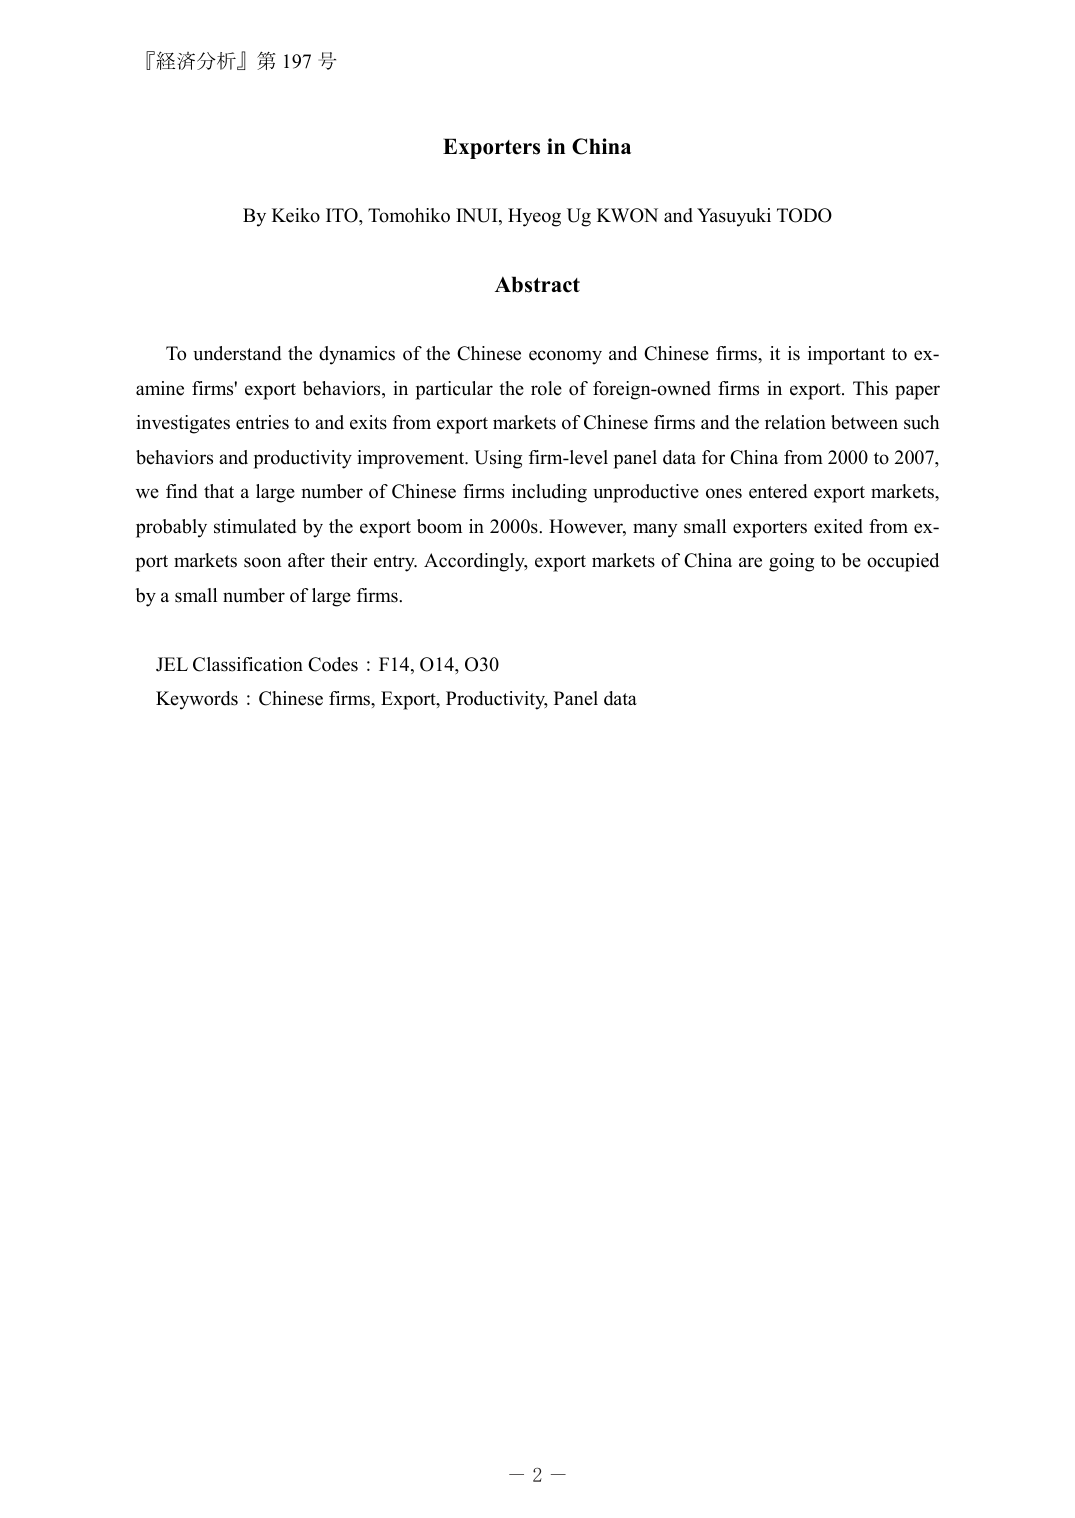
『経済分析』第 197 号

Exporters in China

By Keiko ITO, Tomohiko INUI, Hyeog Ug KWON and Yasuyuki TODO

Abstract

To understand the dynamics of the Chinese economy and Chinese firms, it is important to examine firms' export behaviors, in particular the role of foreign-owned firms in export. This paper investigates entries to and exits from export markets of Chinese firms and the relation between such behaviors and productivity improvement. Using firm-level panel data for China from 2000 to 2007, we find that a large number of Chinese firms including unproductive ones entered export markets, probably stimulated by the export boom in 2000s. However, many small exporters exited from export markets soon after their entry. Accordingly, export markets of China are going to be occupied by a small number of large firms.

JEL Classification Codes : F14, O14, O30
Keywords : Chinese firms, Export, Productivity, Panel data

－ 2 －